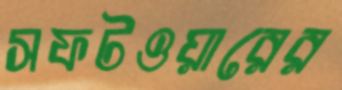
সফটওয়ারের